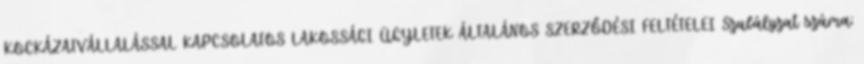
KOCKÁZATVÁLLALÁSSAL KAPCSOLATOS LAKOSSÁGI ÜGYLETEK ÁLTALÁNOS SZERZŐDÉSI FELTÉTELEI Szabályzat száma: